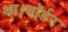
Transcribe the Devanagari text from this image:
था।बॉर्डर